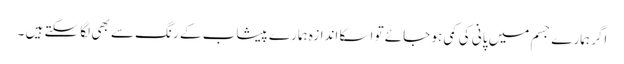
اگر ہمارے جسم میں پانی کی کمی ہو جائے تو اسکا اندازہ ہمارے پیشاب کے رنگ سے بھی لگا سکتے ہیں ۔